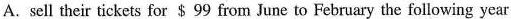
A. sell their tickets for $ 99 from june to February the following year.